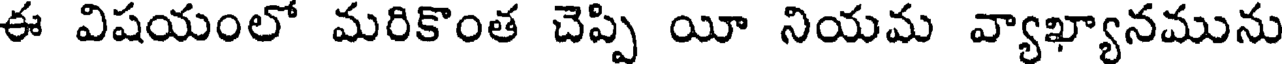
ఈ విషయంలో మరికొంత చెప్పి యీ నియమ వ్యాఖ్యానమును